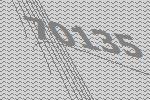
70135